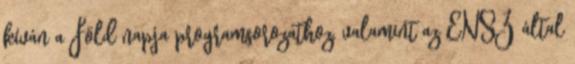
kíván a Föld napja programsorozathoz, valamint az ENSZ által